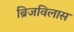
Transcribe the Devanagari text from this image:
ब्रिजविलास